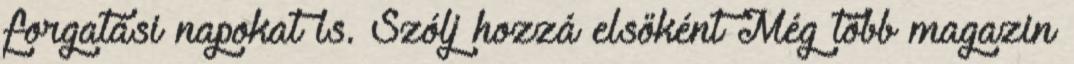
forgatási napokat is. Szólj hozzá elsőként Még több magazin